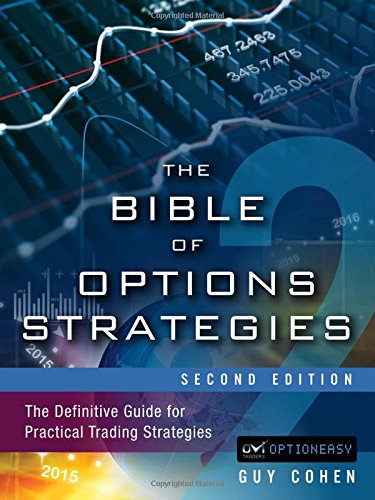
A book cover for The Bible of Options Strategies: The Definitive Guide for Practical Trading Strategies (2nd Edition); Guy Cohen; Business & Money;